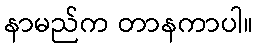
နာမည်က တာနကာပါ။